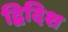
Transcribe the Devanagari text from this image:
द्विदिश